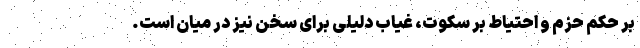
بر حکم حزم و احتیاط بر سکوت، غیاب دلیلی برای سخن نیز در میان است.